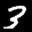
Label: 3